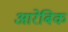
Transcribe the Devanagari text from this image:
आरेबिक